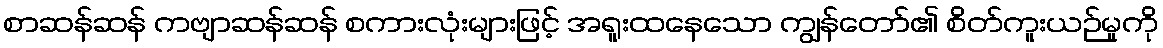
စာဆန်ဆန် ကဗျာဆန်ဆန် စကားလုံးများဖြင့် အရူးထနေသော ကျွန်တော်၏ စိတ်ကူးယဉ်မှုကို